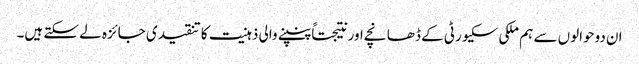
ان دوحوالوں سے ہم ملکی سکیورٹی کے ڈھانچے اور نتیجتاً پنپنے والی ذہنیت کا تنقیدی جائزہ لے سکتے ہیں۔